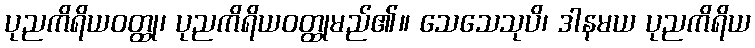
ပုညကိရိယဝတ္ထု၊ ပုညကိရိယဝတ္ထုမည်၏။ သေသေသုပိ၊ ဒါနမယ ပုညကိရိယ